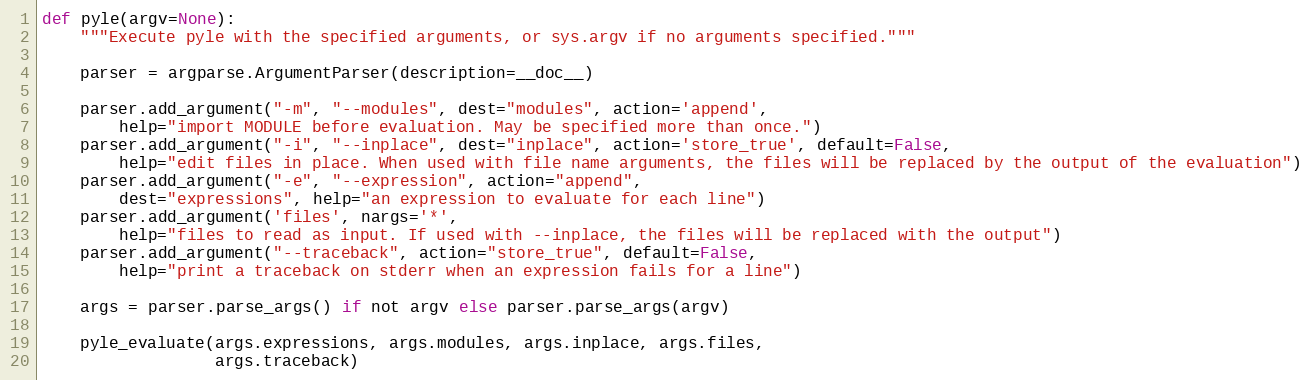
Language: Python
def pyle(argv=None):
    """Execute pyle with the specified arguments, or sys.argv if no arguments specified."""

    parser = argparse.ArgumentParser(description=__doc__)

    parser.add_argument("-m", "--modules", dest="modules", action='append',
        help="import MODULE before evaluation. May be specified more than once.")
    parser.add_argument("-i", "--inplace", dest="inplace", action='store_true', default=False,
        help="edit files in place. When used with file name arguments, the files will be replaced by the output of the evaluation")
    parser.add_argument("-e", "--expression", action="append",
        dest="expressions", help="an expression to evaluate for each line")
    parser.add_argument('files', nargs='*',
        help="files to read as input. If used with --inplace, the files will be replaced with the output")
    parser.add_argument("--traceback", action="store_true", default=False,
        help="print a traceback on stderr when an expression fails for a line")

    args = parser.parse_args() if not argv else parser.parse_args(argv)

    pyle_evaluate(args.expressions, args.modules, args.inplace, args.files,
                  args.traceback)